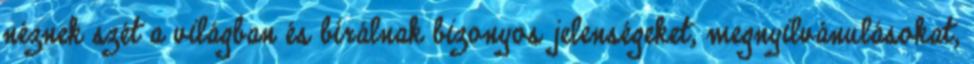
néznek szét a világban és bírálnak bizonyos jelenségeket, megnyilvánulásokat,